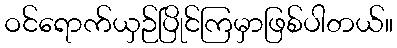
ဝင်ရောက်ယှဉ်ပြိုင်ကြမှာဖြစ်ပါတယ်။